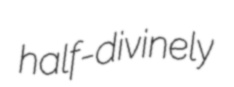
half-divinely